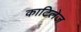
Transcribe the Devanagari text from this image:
काटिलेज